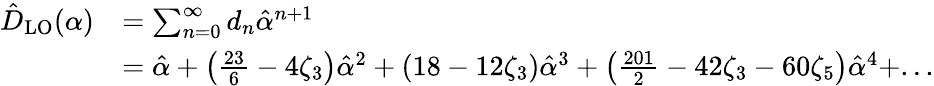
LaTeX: \begin{array}{rl}{\hat{D}_{\mathrm{LO}}(\alpha)}&{=\sum_{n=0}^{\infty}d_{n}\hat{\alpha}^{n+1}}\\ &{=\hat{\alpha}+\left(\frac{23}{6}-4\zeta_{3}\right)\hat{\alpha}^{2}+\left(18-12\zeta_{3}\right)\hat{\alpha}^{3}+\left(\frac{201}{2}-42\zeta_{3}-60\zeta_{5}\right)\hat{\alpha}^{4}+...}\end{array}